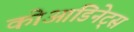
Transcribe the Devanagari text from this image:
कोआडिनेट्स